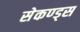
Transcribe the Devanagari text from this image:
सेकण्ड्स